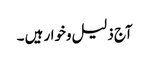
آج ذلیل وخوار ہیں ۔